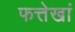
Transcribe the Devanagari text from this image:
फत्तेखां